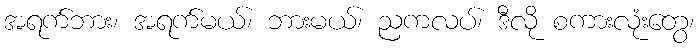
အရက်ဘား၊ အရက်မယ်၊ ဘားမယ်၊ ညကလပ်၊ ဒီလို စကားလုံးတွေ၊